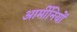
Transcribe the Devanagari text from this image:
आर्मीनियों